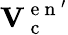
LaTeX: \mathbf{V}_{\mathrm{~c~}}^{\mathrm{~e~n~}^{\prime}}